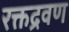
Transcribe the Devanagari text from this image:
रक्तद्रवण